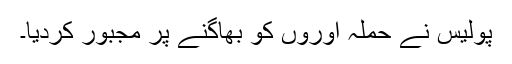
پولیس نے حملہ آوروں کو بھاگنے پر مجبور کردیا۔